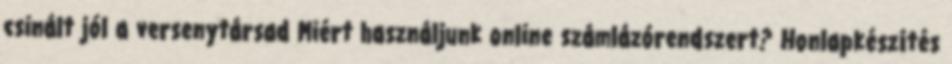
csinált jól a versenytársad Miért használjunk online számlázórendszert? Honlapkészítés